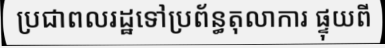
ប្រជាពលរដ្ឋទៅប្រព័ន្ធតុលាការ ផ្ទុយពី